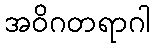
အဝိဂတရာဂါ